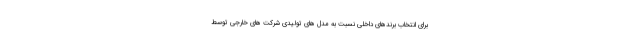
برای انتخاب برندهای داخلی نسبت به مدل های تولیدی شرکت های خارجی توسط